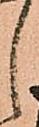
し